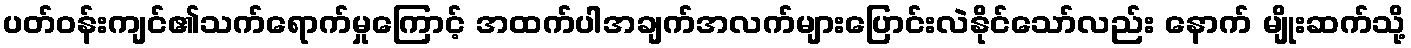
ပတ်ဝန်းကျင်၏သက်ရောက်မှုကြောင့် အထက်ပါအချက်အလက်များပြောင်းလဲနိုင်သော်လည်း နောက် မျိုးဆက်သို့